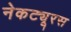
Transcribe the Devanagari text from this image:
नेकट्यूरस